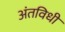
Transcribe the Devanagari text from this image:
अंतविधी